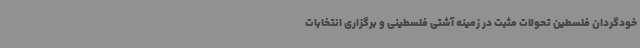
خودگردان فلسطین تحولات مثبت در زمینه آشتی فلسطینی و برگزاری انتخابات